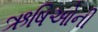
ઋષિઓની